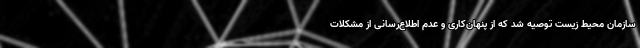
سازمان محیط زیست توصیه شد که از پنهان‌کاری و عدم اطلاع‌رسانی از مشکلات